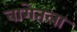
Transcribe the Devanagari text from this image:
बागेतला